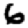
Digit: 6